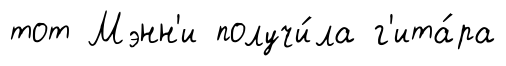
тот Мэнн'и получи́ла г'ита́ра